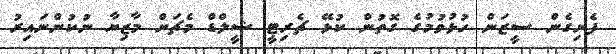
ފެށިގެން ސީޒަން ހުޅުވުމުގެ ގޮތުން ކުޅޭ ޗެރިޓީ ޝީލްޑް މެޗަށް މާޒިޔާ ނުކުންނައިރު